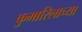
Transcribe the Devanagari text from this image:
कुमारिलाच्या